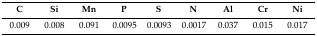
| C | Si | Mn | P | S | N | Al | Cr | Ni |
 | --- | --- | --- | --- | --- | --- | --- | --- | --- |
 | 0.009 | 0.008 | 0.091 | 0.0095 | 0.0093 | 0.0017 | 0.037 | 0.015 | 0.017 |